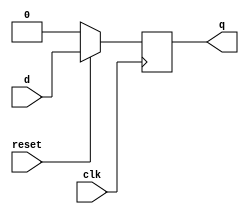
module dff(q, d, clk, reset);
	input d, reset, clk;
	output q;
	reg q;
	always @ (posedge clk)
	begin
		if (!reset) q <= 1'b0;
		else q <= d;
	end
endmodule

module reg32(q, d, clk, reset);
input [31:0] d;
input clk,reset;
output [31:0] q;


genvar j;

generate for (j=0;j<32;j=j+1) begin: reg_loop
	dff d1(q[j],d[j],clk,reset);
	end	
endgenerate
endmodule